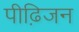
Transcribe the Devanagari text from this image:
पीढ़िजन